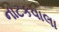
નાટકવાલા